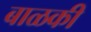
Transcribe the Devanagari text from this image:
बाळकी